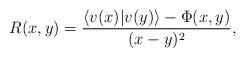
LaTeX: \begin{align*} R(x,y)=\frac{\langle v(x)|v(y)\rangle-\Phi(x,y)}{(x-y)^2},\end{align*}